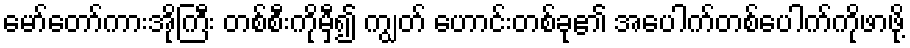
မော်တော်ကားအိုကြီး တစ်စီးကိုမှီ၍ ကျွတ် ဟောင်းတစ်ခု၏ အပေါက်တစ်ပေါက်ကိုဖာဖို့